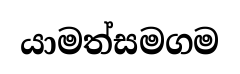
යාමත්සමගම